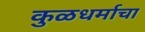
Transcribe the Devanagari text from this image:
कुळधर्माचा